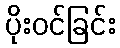
ပိုးဝင်ခြင်း